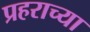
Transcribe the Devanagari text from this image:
प्रहराच्या